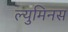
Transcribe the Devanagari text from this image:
ल्युमिनस